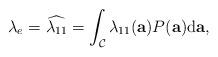
LaTeX: \begin{align*}\lambda_e=\widehat{\lambda_{11}} = \int_{\mathcal C} \lambda_{11}(\mathbf a) P(\mathbf a)\textrm{d}\mathbf a,\end{align*}